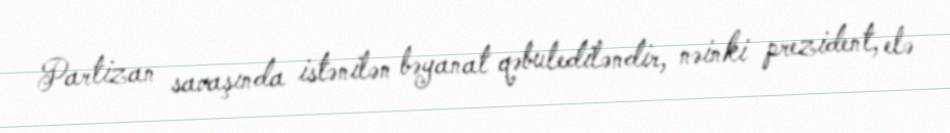
Partizan savaşında istənilən bəyanat qəbulediləndir, nəinki prezident, elə